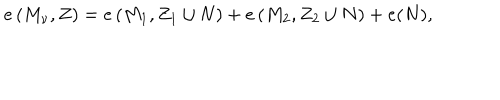
LaTeX: e \left( M _ { \nu } , Z \right) = e \left( M _ { 1 } , Z _ { 1 } \cup N \right) + e \left( M _ { 2 } , Z _ { 2 } \cup N \right) + e ( N ) ,